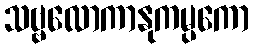
သဗ္ဗလောကာနုကမ္ပကော